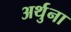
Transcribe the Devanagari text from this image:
अर्थुना